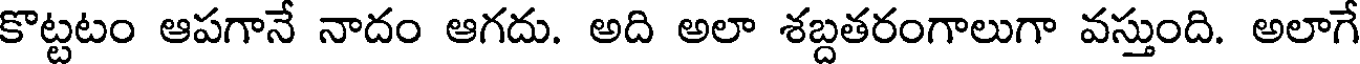
కొట్టటం ఆపగానే నాదం ఆగదు. అది అలా శబ్దతరంగాలుగా వస్తుంది. అలాగే